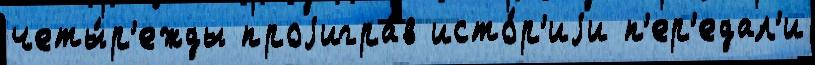
четы́р'ежды проjигра́в исто́р'иjи п'ер'едал'и